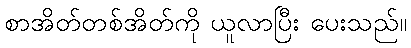
စာအိတ်တစ်အိတ်ကို ယူလာပြီး ပေးသည်။